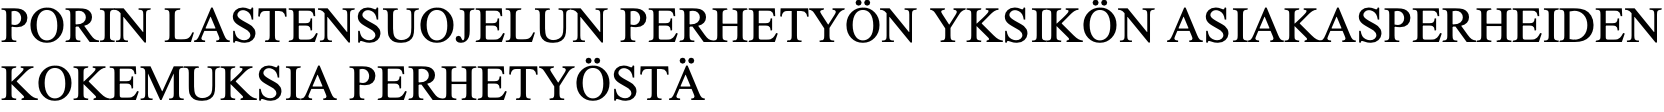
PORIN LASTENSUOJELUN PERHETYÖN YKSIKÖN ASIAKASPERHEIDEN KOKEMUKSIA PERHETYÖSTÄ